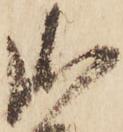
御